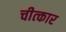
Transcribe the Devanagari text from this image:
चीत्‍कार